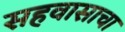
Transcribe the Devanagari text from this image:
सहवासाचा